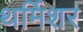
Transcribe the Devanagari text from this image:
थर्मिशर